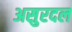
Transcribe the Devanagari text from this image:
असुरदल